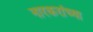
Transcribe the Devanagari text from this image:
नारकरांच्या